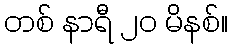
တစ် နာရီ ၂၀ မိနစ်။